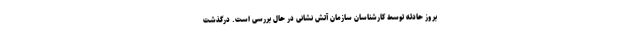
بروز حادثه توسط کارشناسان سازمان آتش نشانی در حال بررسی است. درگذشت